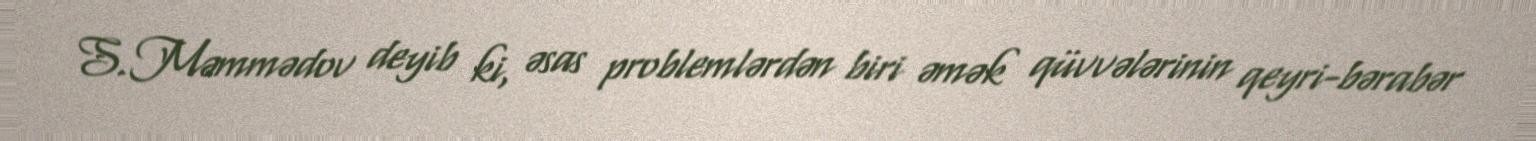
S.Məmmədov deyib ki, əsas problemlərdən biri əmək qüvvələrinin qeyri-bərabər